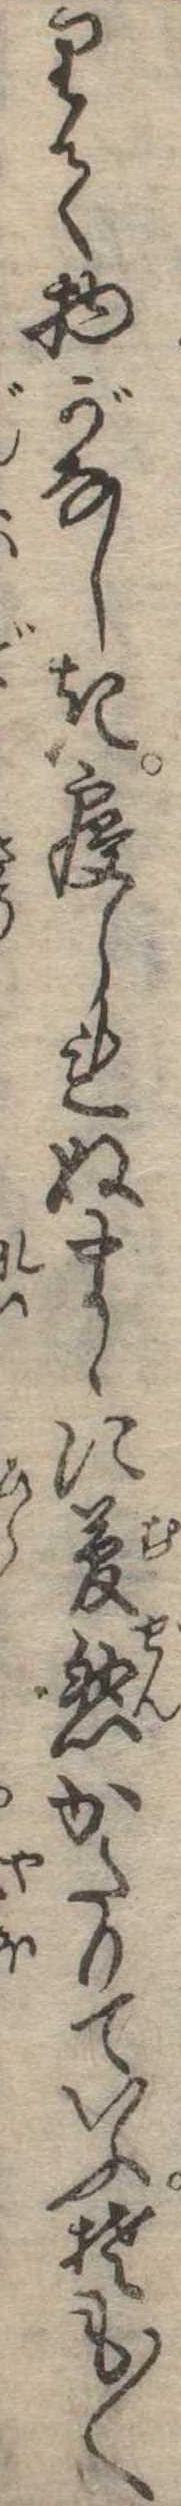
りて物がなしき寝られぬまゝに夢然かたりていふそも〱